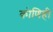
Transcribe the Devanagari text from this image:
कोणिही